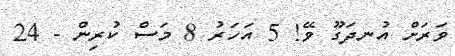
ވަރަށް އުނދަގޫ ވޭ! 5 އަހަރު 8 މަސް ކުރިން - 24